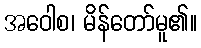
အဝေါစ၊ မိန်တော်မူ၏။